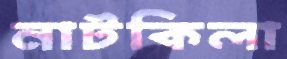
নাটকিলা